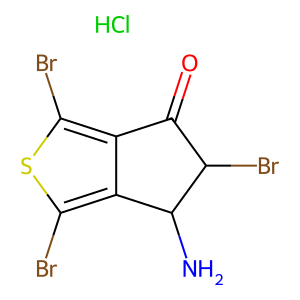
SMILES: Cl.NC1c2c(Br)sc(Br)c2C(=O)C1Br
Inhibits HIV replication: No